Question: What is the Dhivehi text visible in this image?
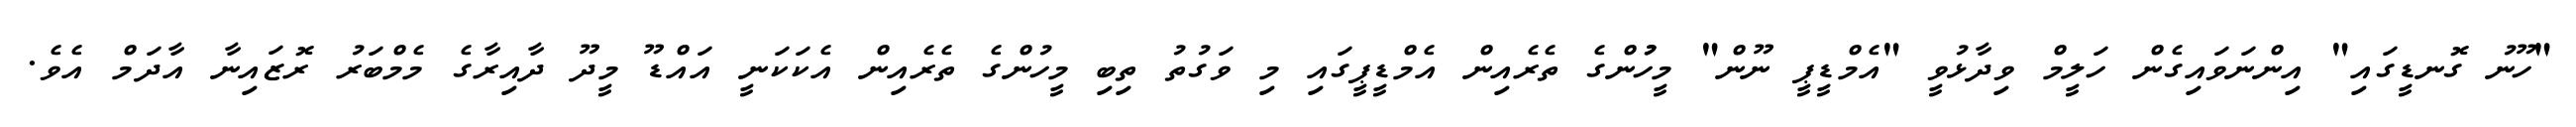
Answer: "ހޫނު ގޮނޑީގައި" އިންނަވައިގެން ހަލީމް ވިދާޅުވީ "އެމްޑީޕީ ނޫން" މީހުުންގެ ތެރެއިން އެމްޑީޕީގައި މި ވަގުތު ތިބި މީހުންގެ ތެރެއިން އެކަކަނީ އައްޑޫ މީދޫ ދާއިރާގެ މެމްބަރު ރޮޒައިނާ އާދަމް އެވެ.